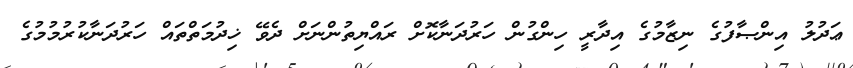
ޢަދުލު އިންޞާފުގެ ނިޒާމުގެ އިދާރީ ހިންގުން ހަރުދަނާކޮށް ރައްޔިތުންނަށް ދެވޭ ޚިދުމަތްތައް ހަރުދަނާކުރުމުމުގެ